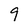
Character: 9